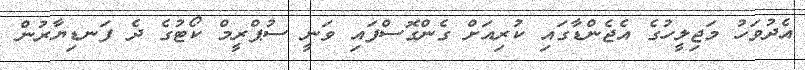
އެދުވަހު މަޖިލީހުގެ އެޖެންޑާގައި ކުރިއަށް ގެންގޮސްފައި ވަނީ ސުޕްރީމް ކޯޓުގެ ދެ ފަނޑިޔާރުން